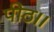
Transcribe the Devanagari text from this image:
पीठ।।